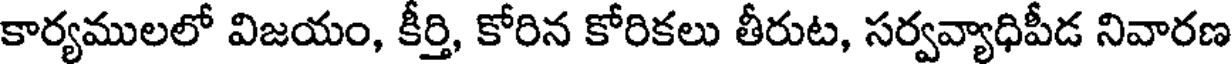
కార్యములలో విజయం, కీర్తి, కోరిన కోరికలు తీరుట, సర్వవ్యాధిపీడ నివారణ